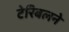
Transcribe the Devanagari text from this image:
टेरिबलने